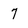
Character: 7